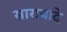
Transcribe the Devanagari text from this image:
साराबांदे